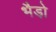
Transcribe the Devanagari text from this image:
भैडो़